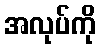
အလုပ်ကို